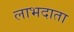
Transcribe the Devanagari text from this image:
लाभदाता